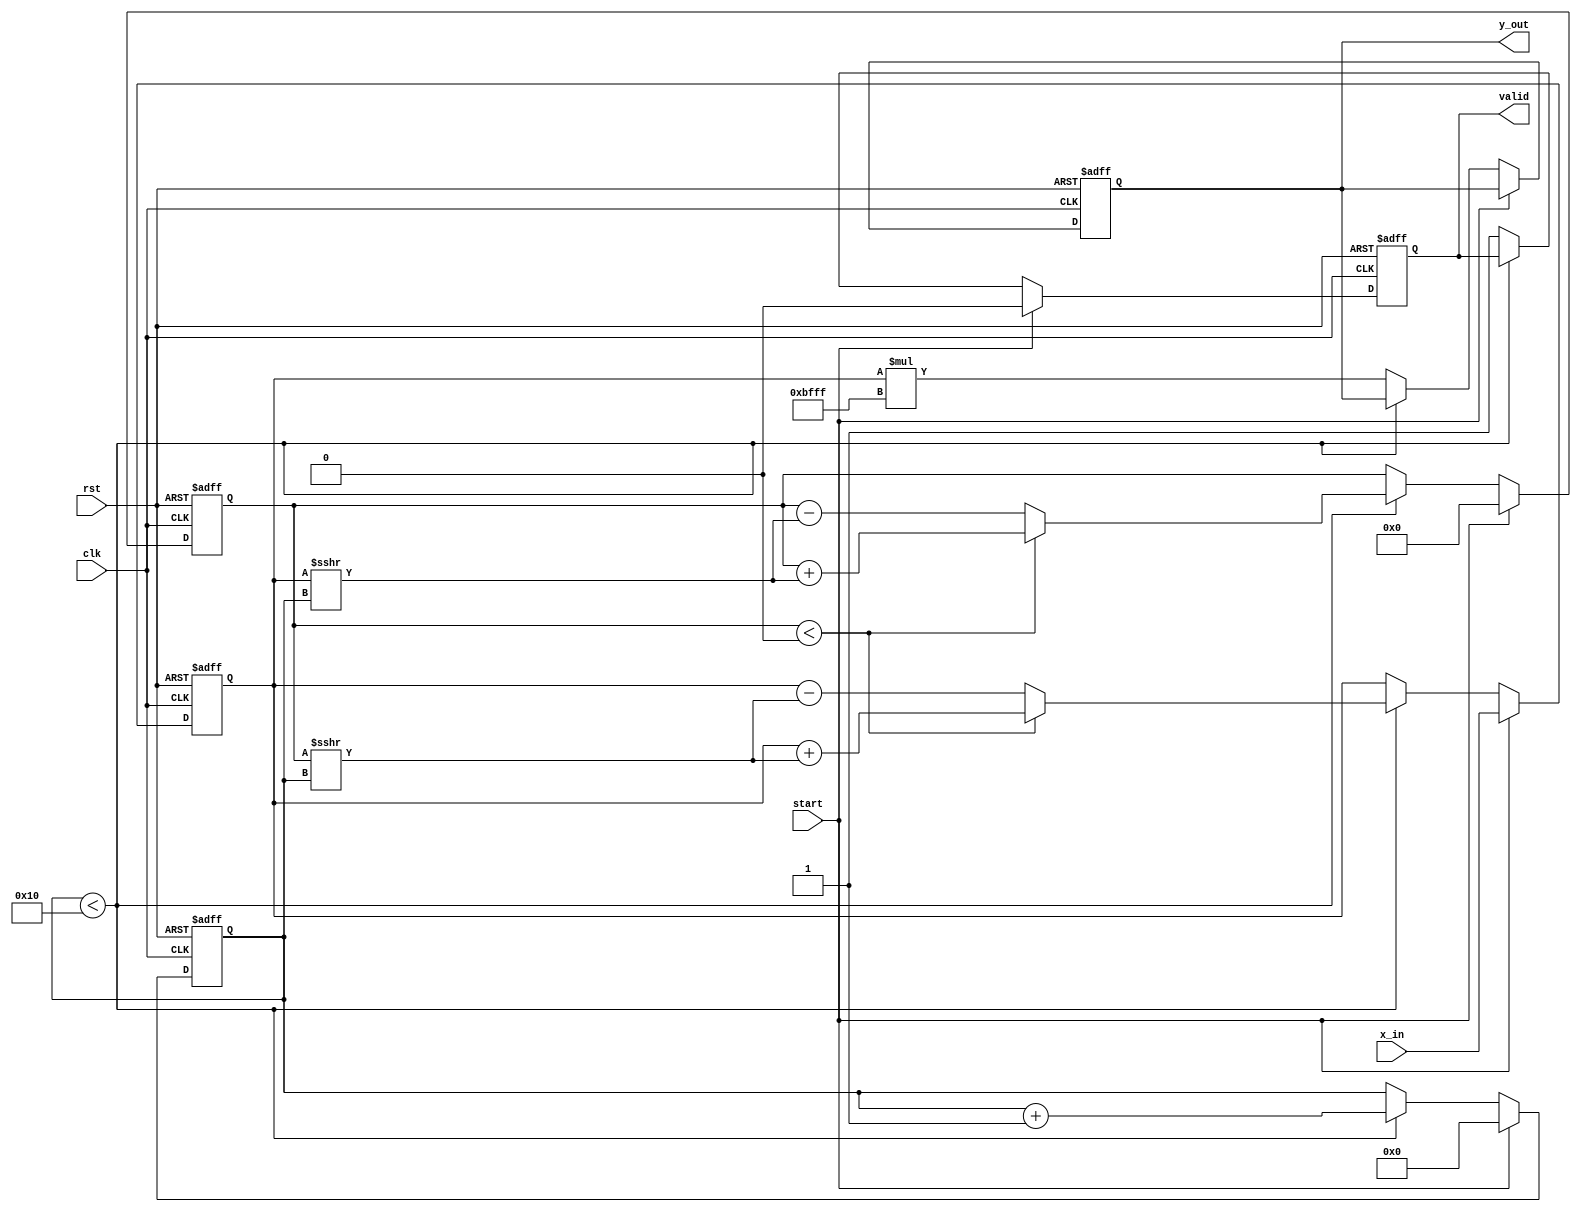
module cordic_reciprocal (
    input wire clk,
    input wire rst,
    input wire [15:0] x_in, // Fixed-point input (0, 1)
    input wire start,
    output reg [15:0] y_out, // Reciprocal output
    output reg valid
);

    // Parameters
    parameter NUM_ITERATIONS = 16; // Number of CORDIC iterations
    parameter FIXED_POINT_SCALE = 16'hBFFF; // Scaling factor (1.0 in fixed-point)

    // Internal signals
    reg [15:0] x; // Current x value
    reg [15:0] y; // Current y value
    reg [3:0] iteration; // Iteration counter
    reg [15:0] angle_table [0:NUM_ITERATIONS-1]; // Angle lookup table
    reg [15:0] angle; // Current angle

    // Initialize angle lookup table
    initial begin
        angle_table[0] = 16'h0000; // atan(2^0)
        angle_table[1] = 16'h1C71; // atan(2^-1)
        angle_table[2] = 16'h0D8E; // atan(2^-2)
        angle_table[3] = 16'h05A8; // atan(2^-3)
        angle_table[4] = 16'h028D; // atan(2^-4)
        angle_table[5] = 16'h0143; // atan(2^-5)
        angle_table[6] = 16'h00A2; // atan(2^-6)
        angle_table[7] = 16'h0051; // atan(2^-7)
        angle_table[8] = 16'h0028; // atan(2^-8)
        angle_table[9] = 16'h0014; // atan(2^-9)
        angle_table[10] = 16'h000A; // atan(2^-10)
        angle_table[11] = 16'h0005; // atan(2^-11)
        angle_table[12] = 16'h0002; // atan(2^-12)
        angle_table[13] = 16'h0001; // atan(2^-13)
        angle_table[14] = 16'h0000; // atan(2^-14)
        angle_table[15] = 16'h0000; // atan(2^-15)
    end

    // State machine for CORDIC iterations
    always @(posedge clk or posedge rst) begin
        if (rst) begin
            x <= 16'h0000;
            y <= 16'h0000;
            iteration <= 0;
            valid <= 0;
            y_out <= 16'h0000;
        end else if (start) begin
            // Initialization
            x <= x_in; // Set initial x to input
            y <= 16'h0000; // Initial y is 0
            iteration <= 0; // Reset iteration counter
            valid <= 0; // Reset valid signal
        end else if (iteration < NUM_ITERATIONS) begin
            // CORDIC iteration
            if (y < 0) begin
                // Rotate clockwise
                x <= x + (y >>> iteration);
                y <= y + (x >>> iteration);
            end else begin
                // Rotate counter-clockwise
                x <= x - (y >>> iteration);
                y <= y - (x >>> iteration);
            end
            // Update angle (not used in this case)
            angle <= angle + angle_table[iteration];
            iteration <= iteration + 1; // Increment iteration
        end else begin
            // Final output
            y_out <= x * FIXED_POINT_SCALE; // Scale the output
            valid <= 1; // Set valid signal
        end
    end

endmodule